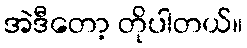
အဲဒီတော့ တိုပါတယ်။